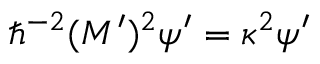
\hbar ^ { - 2 } ( M ^ { \prime } ) ^ { 2 } \psi ^ { \prime } = \kappa ^ { 2 } \psi ^ { \prime }